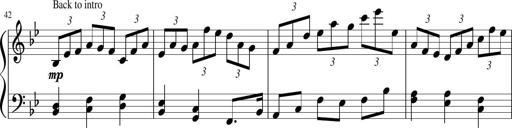
Title: Sonatina in F major
Composer: Ethan Ngo
Key: F major